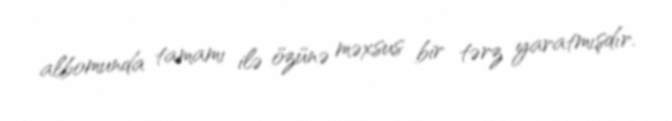
albomunda tamamı ilə özünə məxsus bir tərz yaratmışdır.